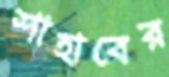
শাহাবের